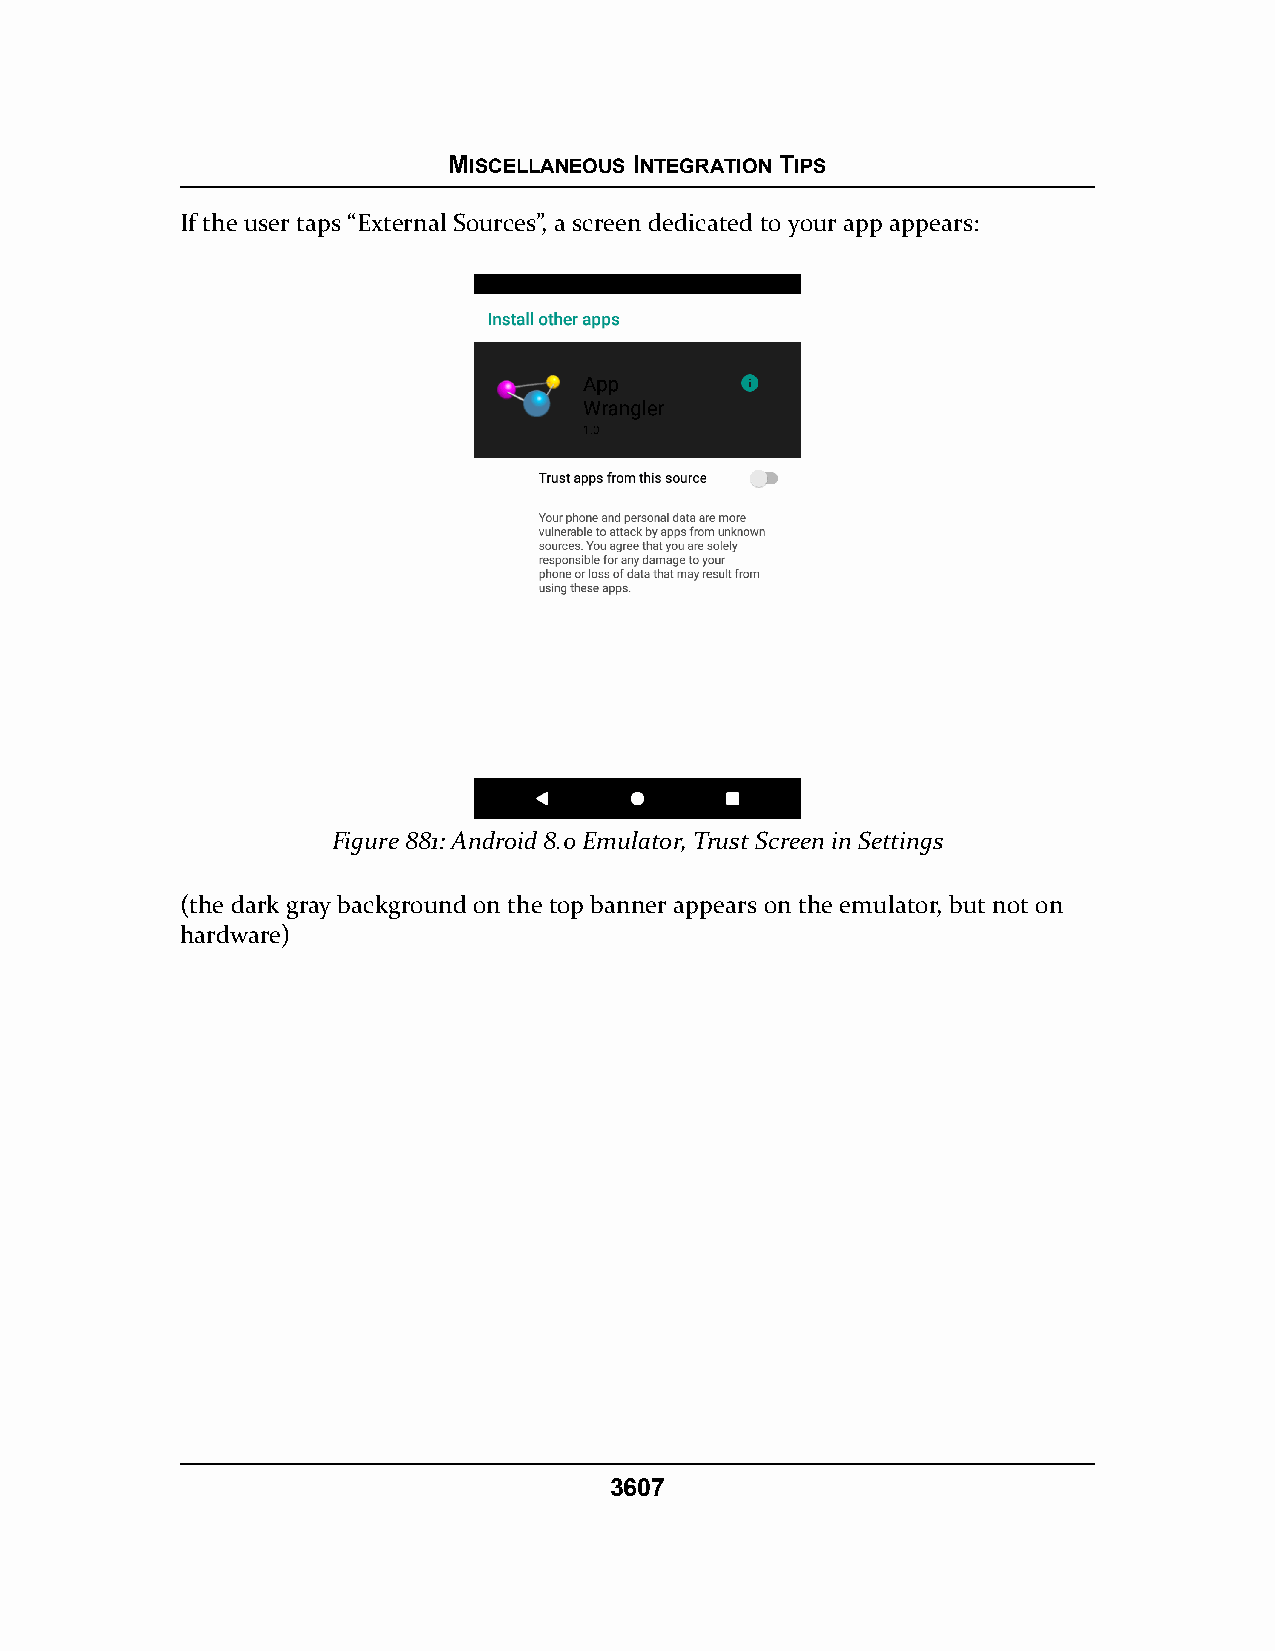
MISCELLANEOUS INTEGRATION TIPS
 If the user taps “External Sources”, a screen dedicated to your app appears:
 Figure 881: Android 8.0 Emulator, Trust Screen in Settings
 (the dark gray background on the top banner appears on the emulator, but not on
 hardware)
 3607